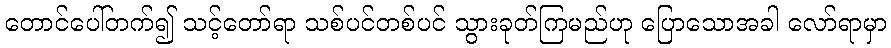
တောင်ပေါ်တက်၍ သင့်တော်ရာ သစ်ပင်တစ်ပင် သွားခုတ်ကြမည်ဟု ပြောသောအခါ လော်ရာမှာ